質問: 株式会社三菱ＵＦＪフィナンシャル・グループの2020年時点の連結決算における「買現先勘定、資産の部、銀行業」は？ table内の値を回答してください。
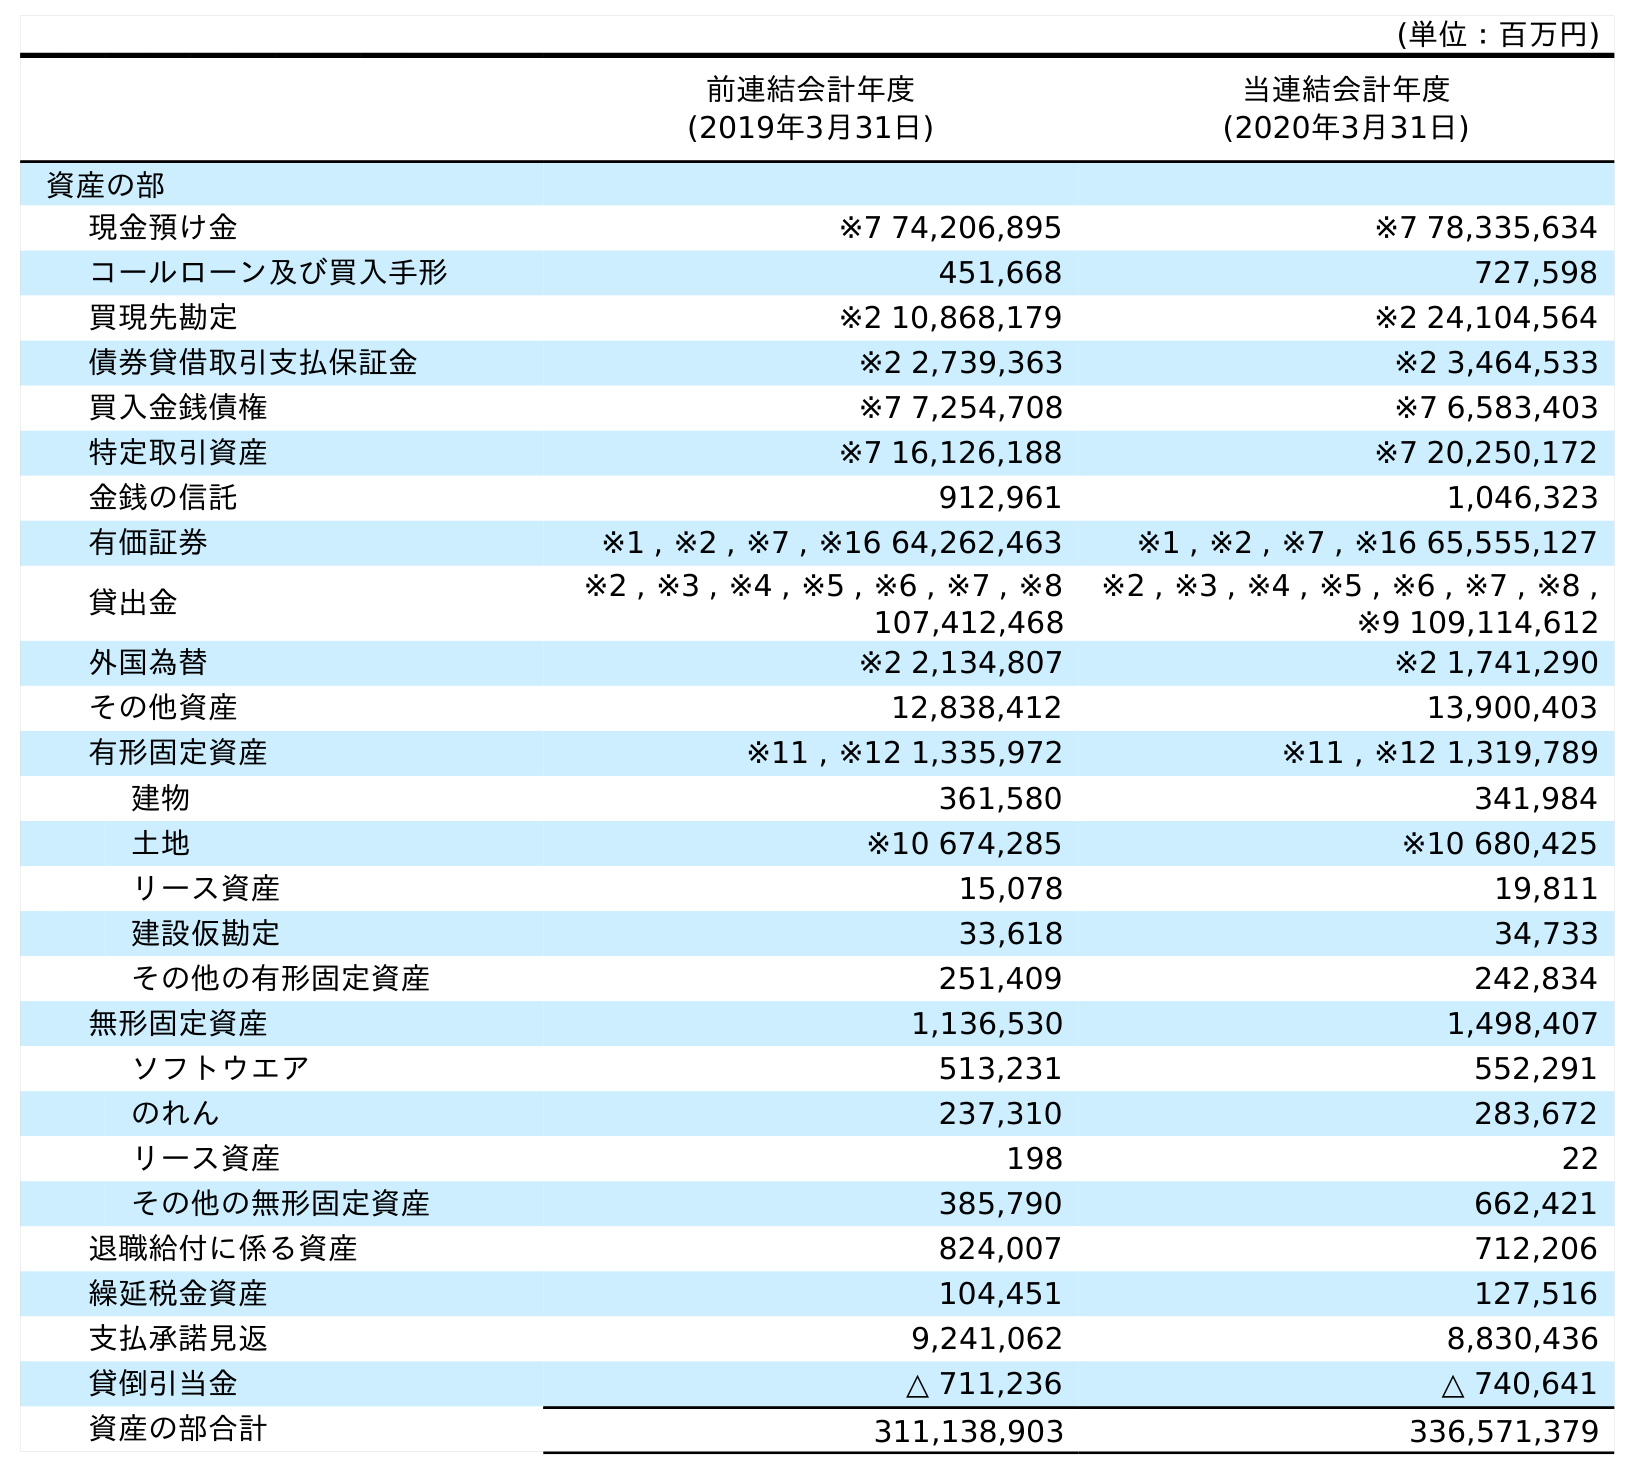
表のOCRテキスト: (単位：百万円) 前連結会計年度 (2019年3月31日) 当連結会計年度 (2020年3月31日) 資産の部 現金預け金 ※7 74,206,895 ※7 78,335,634 コールローン及び買入手形 451,668 727,598 買現先勘定 ※2 10,868,179 ※2 24,104,564 債券貸借取引支払保証金 ※2 2,739,363 ※2 3,464,533 買入金銭債権 ※7 7,254,708 ※7 6,583,403 特定取引資産 ※7 16,126,188 ※7 20,250,172 金銭の信託 912,961 1,046,323 有価証券 ※1 , ※2 , ※7 , ※16 64,262,463 ※1 , ※2 , ※7 , ※16 65,555,127 貸出金 ※2 , ※3 , ※4 , ※5 , ※6 , ※7 , ※8 107,412,468 ※2 , ※3 , ※4 , ※5 , ※6 , ※7 , ※8 , ※9 109,114,612 外国為替 ※2 2,134,807 ※2 1,741,290 その他資産 12,838,412 13,900,403 有形固定資産 ※11 , ※12 1,335,972 ※11 , ※12 1,319,789 建物 361,580 341,984 土地 ※10 674,285 ※10 680,425 リース資産 15,078 19,811 建設仮勘定 33,618 34,733 その他の有形固定資産 251,409 242,834 無形固定資産 1,136,530 1,498,407 ソフトウエア 513,231 552,291 のれん 237,310 283,672 リース資産 198 22 その他の無形固定資産 385,790 662,421 退職給付に係る資産 824,007 712,206 繰延税金資産 104,451 127,516 支払承諾見返 9,241,062 8,830,436 貸倒引当金 △ 711,236 △ 740,641 資産の部合計 311,138,903 336,571,379
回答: ※224,104,564